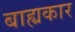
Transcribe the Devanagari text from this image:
बाह्यकार